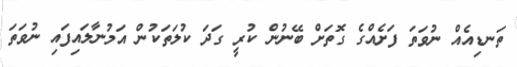
ތަނޑިއެއް ނުވަތަ ފަށެއްގެ ގޮތަށް ބޭނުން ކުރީ ގަދަ ކުލަތަކުން އަމުނާލައިފައި ނުވަތަ